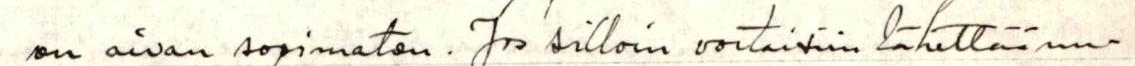
on aivan sopimaton. Jos silloin voitaisiin lähettää uu-